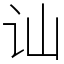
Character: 讪